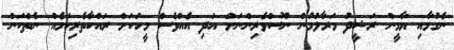
ނެގުމާއި ޔާމީން ރަޝީދު މަރާލުމުން ނޫސްވެރިންނަށް އަދި އެއްވެސް މީހަކަށް ރައްކާތެރިކަމެއް ނެތްކަން